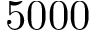
5 0 0 0